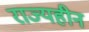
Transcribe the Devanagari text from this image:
राज्यहीन